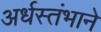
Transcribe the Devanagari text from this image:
अर्धस्तंभाने